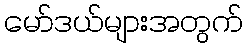
မော်ဒယ်များအတွက်